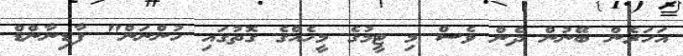
އަހަރެން ބޭނުން ދެން ވެސް މި ޓީމުގެ މީހެއްގެ ގޮތުގައި ހުންނަން" ފާޑިނާންޑް